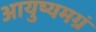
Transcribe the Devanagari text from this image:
आयुष्यमग्रं